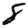
Digit: 8